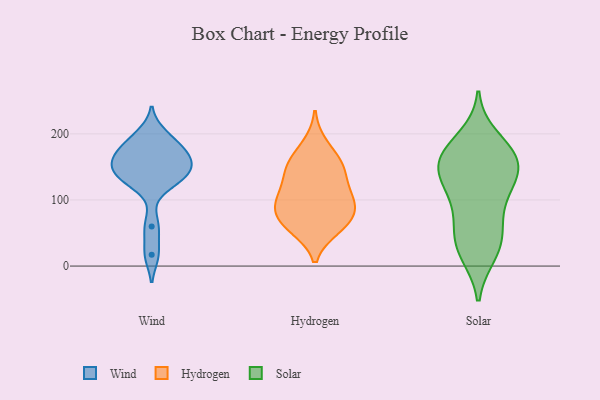
{"axis": {"x": "Customer Acquisition Cost (USD)", "y": "Value"}, "legend": ["Hydrogen", "Solar", "Wind"], "data": [{"x": "", "y": 130, "type": "Wind"}, {"x": "", "y": 150, "type": "Wind"}, {"x": "", "y": 129, "type": "Wind"}, {"x": "", "y": 180, "type": "Wind"}, {"x": "", "y": 165, "type": "Wind"}, {"x": "", "y": 60, "type": "Wind"}, {"x": "", "y": 156, "type": "Wind"}, {"x": "", "y": 200, "type": "Wind"}, {"x": "", "y": 17, "type": "Wind"}, {"x": "", "y": 134, "type": "Wind"}, {"x": "", "y": 157, "type": "Wind"}, {"x": "", "y": 183, "type": "Wind"}, {"x": "", "y": 57, "type": "Hydrogen"}, {"x": "", "y": 72, "type": "Hydrogen"}, {"x": "", "y": 95, "type": "Hydrogen"}, {"x": "", "y": 151, "type": "Hydrogen"}, {"x": "", "y": 148, "type": "Hydrogen"}, {"x": "", "y": 138, "type": "Hydrogen"}, {"x": "", "y": 112, "type": "Hydrogen"}, {"x": "", "y": 58, "type": "Hydrogen"}, {"x": "", "y": 67, "type": "Hydrogen"}, {"x": "", "y": 108, "type": "Hydrogen"}, {"x": "", "y": 94, "type": "Hydrogen"}, {"x": "", "y": 89, "type": "Hydrogen"}, {"x": "", "y": 158, "type": "Hydrogen"}, {"x": "", "y": 184, "type": "Hydrogen"}, {"x": "", "y": 194, "type": "Solar"}, {"x": "", "y": 167, "type": "Solar"}, {"x": "", "y": 132, "type": "Solar"}, {"x": "", "y": 124, "type": "Solar"}, {"x": "", "y": 171, "type": "Solar"}, {"x": "", "y": 107, "type": "Solar"}, {"x": "", "y": 46, "type": "Solar"}, {"x": "", "y": 153, "type": "Solar"}, {"x": "", "y": 151, "type": "Solar"}, {"x": "", "y": 36, "type": "Solar"}, {"x": "", "y": 82, "type": "Solar"}, {"x": "", "y": 125, "type": "Solar"}, {"x": "", "y": 172, "type": "Solar"}, {"x": "", "y": 162, "type": "Solar"}, {"x": "", "y": 18, "type": "Solar"}, {"x": "", "y": 20, "type": "Solar"}, {"x": "", "y": 61, "type": "Solar"}]}